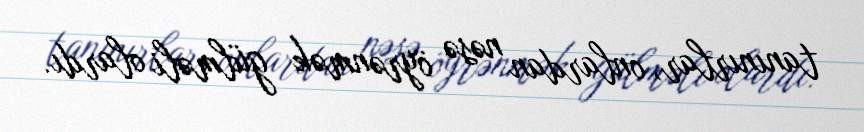
tanınırlar, onlardan nəsə öyrənmək gülməli olardı.